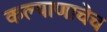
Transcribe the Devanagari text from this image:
कल्याणाचेच